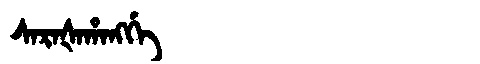
Manchu: ᠰᠠᡵᠠᡧᠠᡥᠠᠩᡤᡝ
Romanization: SARAŠAHANGGE